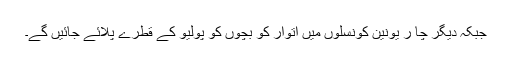
جبکہ دیگر چا ر یونین کونسلوں میں اتوار کو بچوں کو پولیو کے قطرے پلائے جائیں گے۔